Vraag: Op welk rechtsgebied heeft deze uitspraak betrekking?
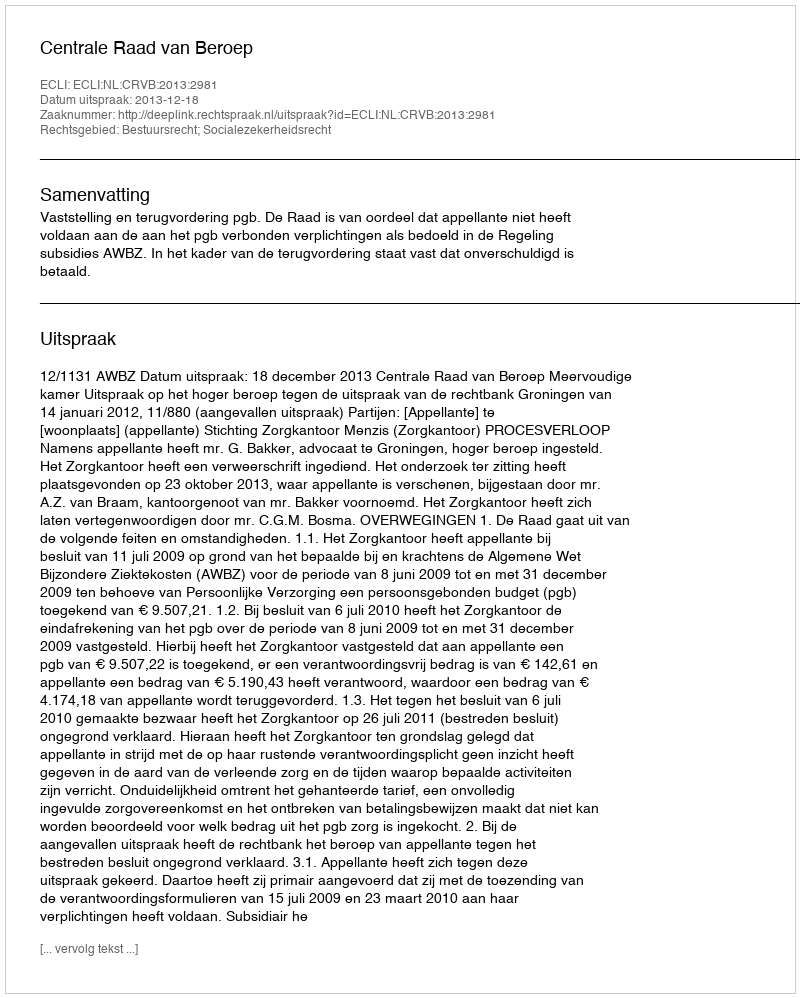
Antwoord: Bestuursrecht; Socialezekerheidsrecht